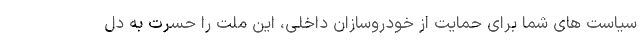
سیاست های شما برای حمایت از خودروسازان داخلی، این ملت را حسرت به دل